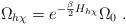
LaTeX: \begin{align*}\Omega_{h\chi}=e^{-\frac{\beta}{2}H_{h\chi}}\Omega_0 \ .\end{align*}